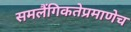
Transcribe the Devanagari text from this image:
समलैंगिकतेप्रमाणेच